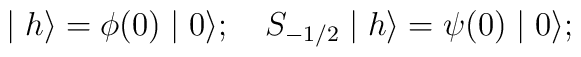
\mid h\rangle =\phi (0)\mid 0\rangle ;\quad S_{-1/2}\mid h\rangle =\psi(0)\mid 0\rangle ;